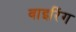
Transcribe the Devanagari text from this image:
वाइरिंग